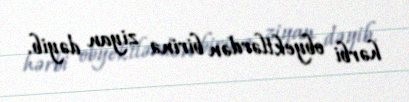
hərbi obyektlərdən birinə ziyan dəyib.